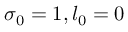
\sigma _ { 0 } = 1 , l _ { 0 } = 0